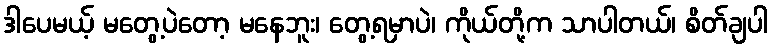
ဒါပေမယ့် မတွေ့ပဲတော့ မနေဘူး၊ တွေ့ရမှာပဲ၊ ကိုယ်တို့က သာပါတယ်၊ စိတ်ချပါ